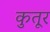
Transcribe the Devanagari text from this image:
कुतूर